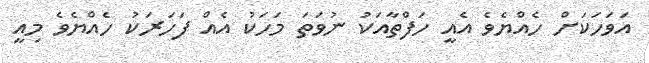
އަވަހަކަށް ހެއްޔެވެ އެއީ ހަފްތާއަކު ނުވަތަ މަހަކު އެއް ފަހަރަކު ހެއްޔެވެ މިއީ